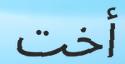
أخت